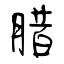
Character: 腊